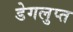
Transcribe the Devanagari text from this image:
डेगलुप्त